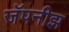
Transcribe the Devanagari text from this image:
जॅपनीझ